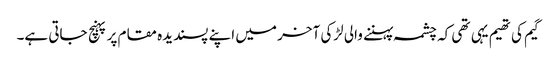
گیم کی تھیم یہی تھی کہ چشمہ پہننے والی لڑکی آخر میں اپنے پسندیدہ مقام پر پہنچ جاتی ہے۔